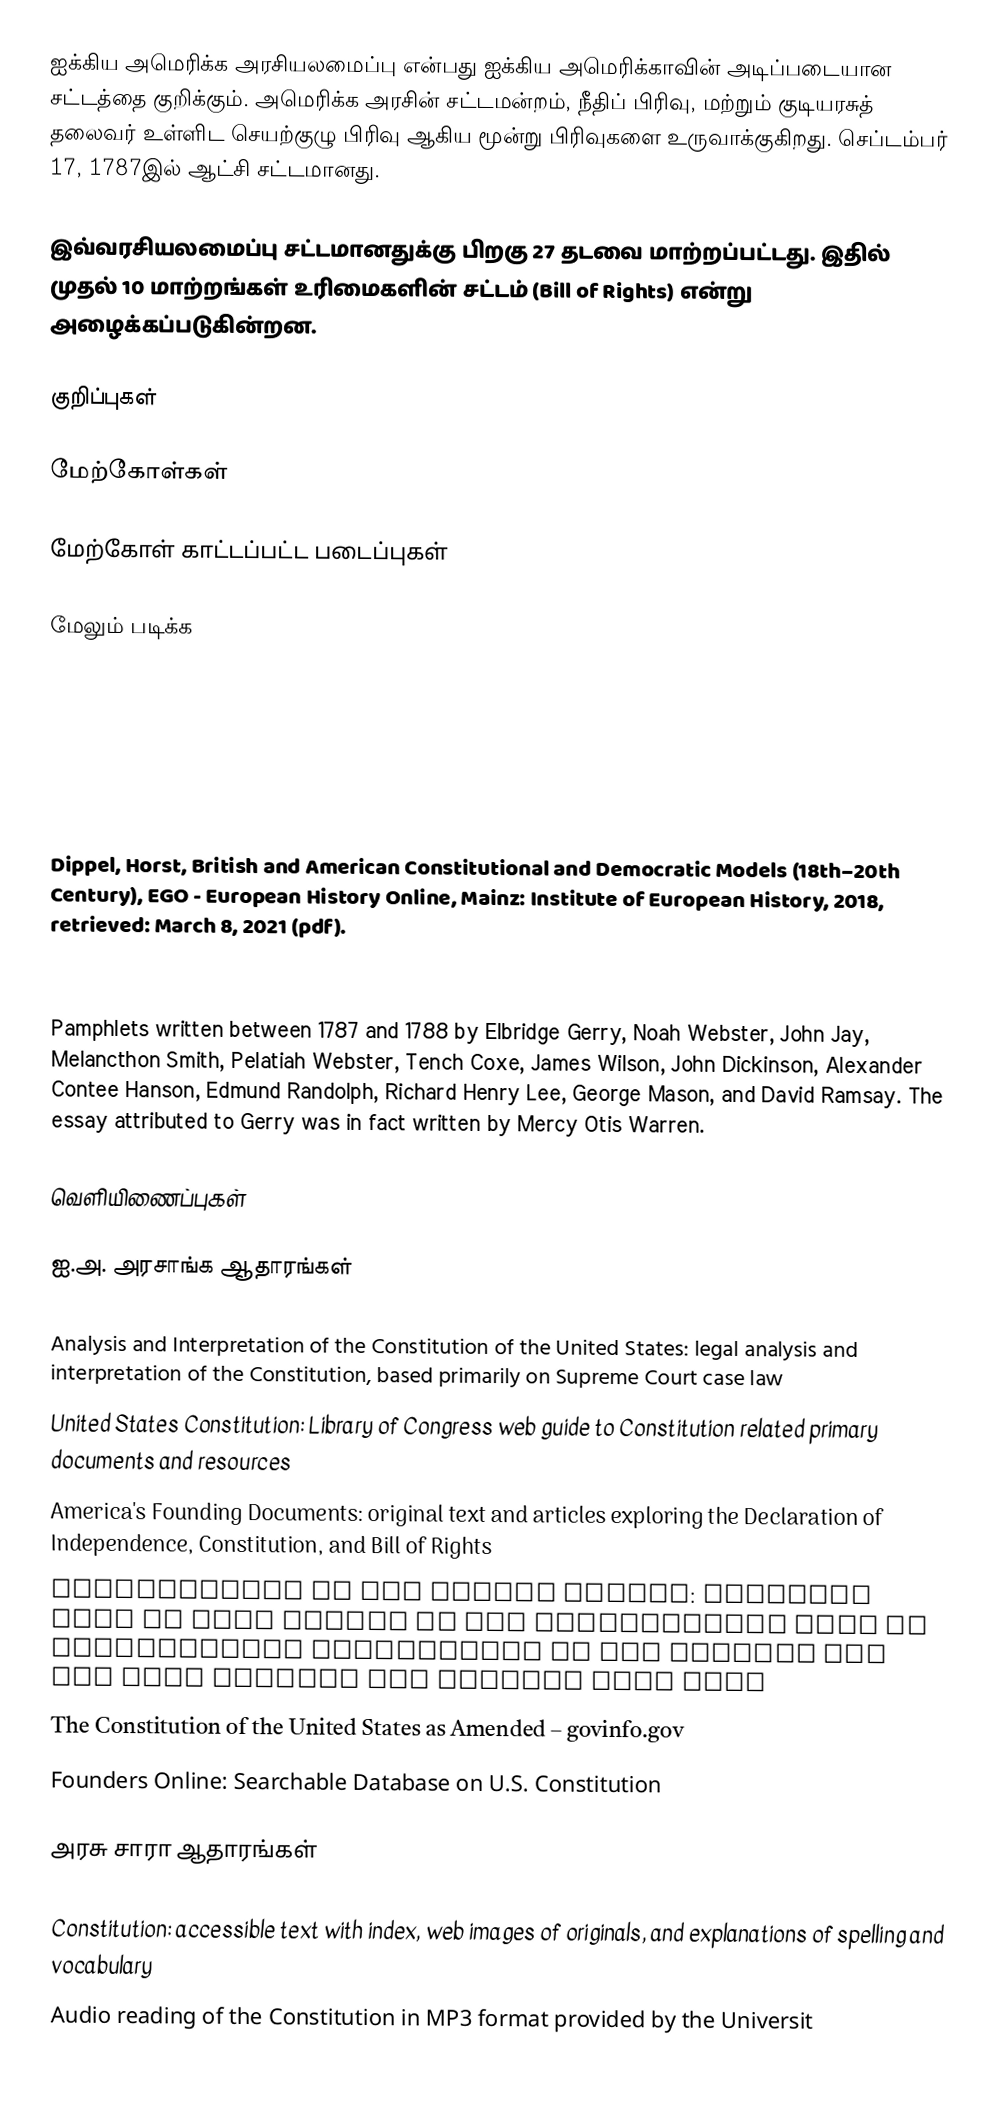
ஐக்கிய அமெரிக்க அரசியலமைப்பு என்பது ஐக்கிய அமெரிக்காவின் அடிப்படையான சட்டத்தை குறிக்கும். அமெரிக்க அரசின் சட்டமன்றம், நீதிப் பிரிவு, மற்றும் குடியரசுத் தலைவர் உள்ளிட செயற்குழு பிரிவு ஆகிய மூன்று பிரிவுகளை உருவாக்குகிறது. செப்டம்பர் 17, 1787இல் ஆட்சி சட்டமானது.

இவ்வரசியலமைப்பு சட்டமானதுக்கு பிறகு 27 தடவை மாற்றப்பட்டது. இதில் முதல் 10 மாற்றங்கள் உரிமைகளின் சட்டம் (Bill of Rights) என்று அழைக்கப்படுகின்றன.

குறிப்புகள்

மேற்கோள்கள்

மேற்கோள் காட்டப்பட்ட படைப்புகள்

மேலும் படிக்க

 Dippel, Horst, British and American Constitutional and Democratic Models (18th–20th Century), EGO - European History Online, Mainz: Institute of European History, 2018, retrieved: March 8, 2021 (pdf).

  Pamphlets written between 1787 and 1788 by Elbridge Gerry, Noah Webster, John Jay, Melancthon Smith, Pelatiah Webster, Tench Coxe, James Wilson, John Dickinson, Alexander Contee Hanson, Edmund Randolph, Richard Henry Lee, George Mason, and David Ramsay. The essay attributed to Gerry was in fact written by Mercy Otis Warren.

வெளியிணைப்புகள்

ஐ.அ. அரசாங்க ஆதாரங்கள்

 Analysis and Interpretation of the Constitution of the United States: legal analysis and interpretation of the Constitution, based primarily on Supreme Court case law
 United States Constitution: Library of Congress web guide to Constitution related primary documents and resources
 America's Founding Documents: original text and articles exploring the Declaration of Independence, Constitution, and Bill of Rights
 Constitution of the United States: original text of each clause in the Constitution with an accompanying explanation of its meaning and how that meaning has changed over time
 The Constitution of the United States as Amended – govinfo.gov
 Founders Online: Searchable Database on U.S. Constitution

அரசு சாரா ஆதாரங்கள்

 Constitution: accessible text with index, web images of originals, and explanations of spelling and vocabulary
 Audio reading of the Constitution in MP3 format provided by the Universit